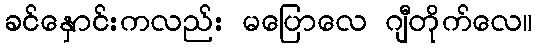
ခင်နှောင်းကလည်း မပြောလေ ဂျီတိုက်လေ။